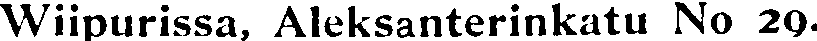
Wiipurissa, Aleksanterinkatu No 29.